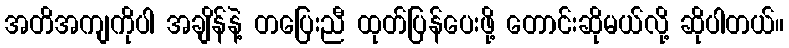
အတိအကျကိုပါ အချိန်နဲ့ တပြေးညီ ထုတ်ပြန်ပေးဖို့ တောင်းဆိုမယ်လို့ ဆိုပါတယ်။